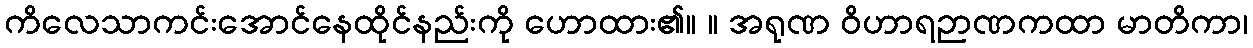
ကိလေသာကင်းအောင်နေထိုင်နည်းကို ဟောထား၏။ ။ အရုဏ ဝိဟာရဉာဏကထာ မာတိကာ၊